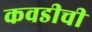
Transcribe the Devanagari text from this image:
कवडीची